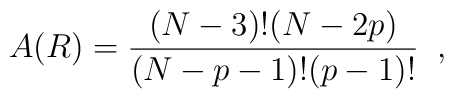
A(R) = \frac{(N-3)!(N-2p)}{(N-p-1)!(p-1)!} \; \; ,